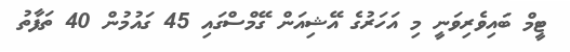
ޓީމް ބައިވެރިވަނީ މި އަހަރުގެ އޭޝިއަން ގޭމްސްގައި 45 ގައުމުން 40 ތަފާތު